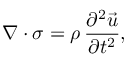
\nabla \cdot \boldsymbol { \sigma } = \rho \, \frac { \partial ^ { 2 } \vec { u } } { \partial t ^ { 2 } } ,